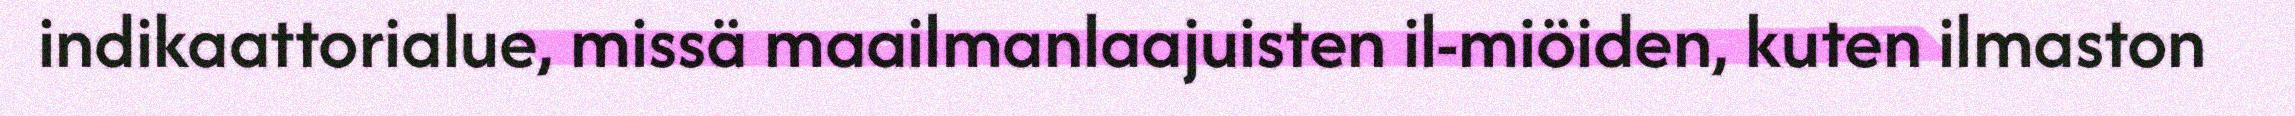
indikaattorialue, missä maailmanlaajuisten il-miöiden, kuten ilmaston